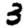
Digit: 3